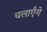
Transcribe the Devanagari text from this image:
चलाएँगे